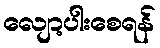
လျော့ပါးစေရန်